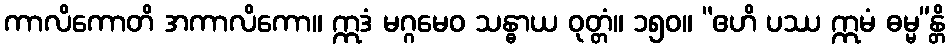
ကာလိကောတိ အကာလိကော။ ဣဒံ မဂ္ဂမေဝ သန္ဓာယ ဝုတ္တံ။ ၁၅၀။ “ဧဟိ ပဿ ဣမံ ဓမ္မ”န္တိ